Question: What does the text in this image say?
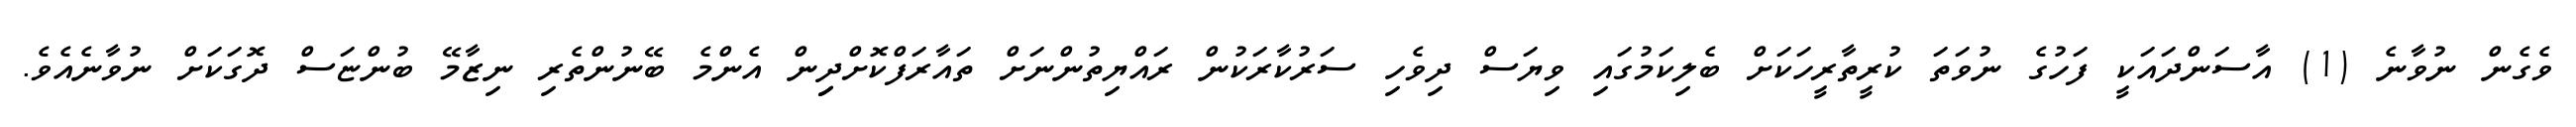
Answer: ވެގެން ނުވާނެ (1) އާސަންދައަކީ ފަހުގެ ނުވަތަ ކުރީތާރީހަކަށް ބެލިކަމުގައި ވިޔަސް ދިވެހި ސަރުކާރަކުން ރައްޔިތުންނަށް ތައާރަފްކޮށްދިިން އެންމެ ބޭނުންތެރި ނިޒާމޭ ބުންޏަސް ދޮގަކަށް ނުވާނެއެވެ.